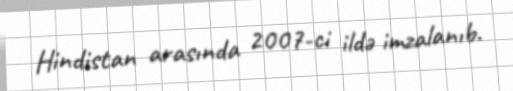
Hindistan arasında 2007-ci ildə imzalanıb.